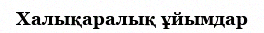
Халықаралық ұйымдар